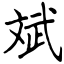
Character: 斌